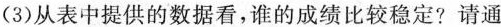
(3)从表中提供的数据看，谁的成绩比较稳定？请通